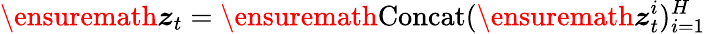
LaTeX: \ensuremath{\boldsymbol{z}}_{t}=\ensuremath{\operatorname{Concat}}(\ensuremath{\boldsymbol{z}}_{t}^{i})_{i=1}^{H}